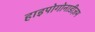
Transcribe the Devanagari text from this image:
हाइपोगोनाडीज़म